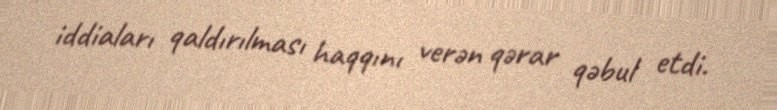
iddiaları qaldırılması haqqını verən qərar qəbul etdi.